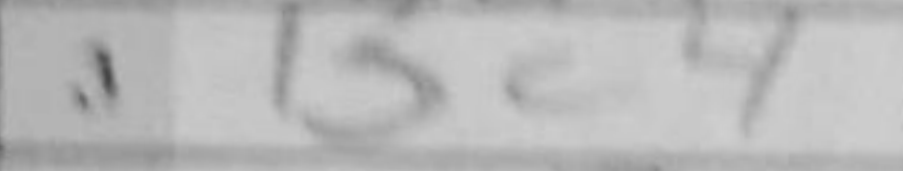
Transcription: Bc4